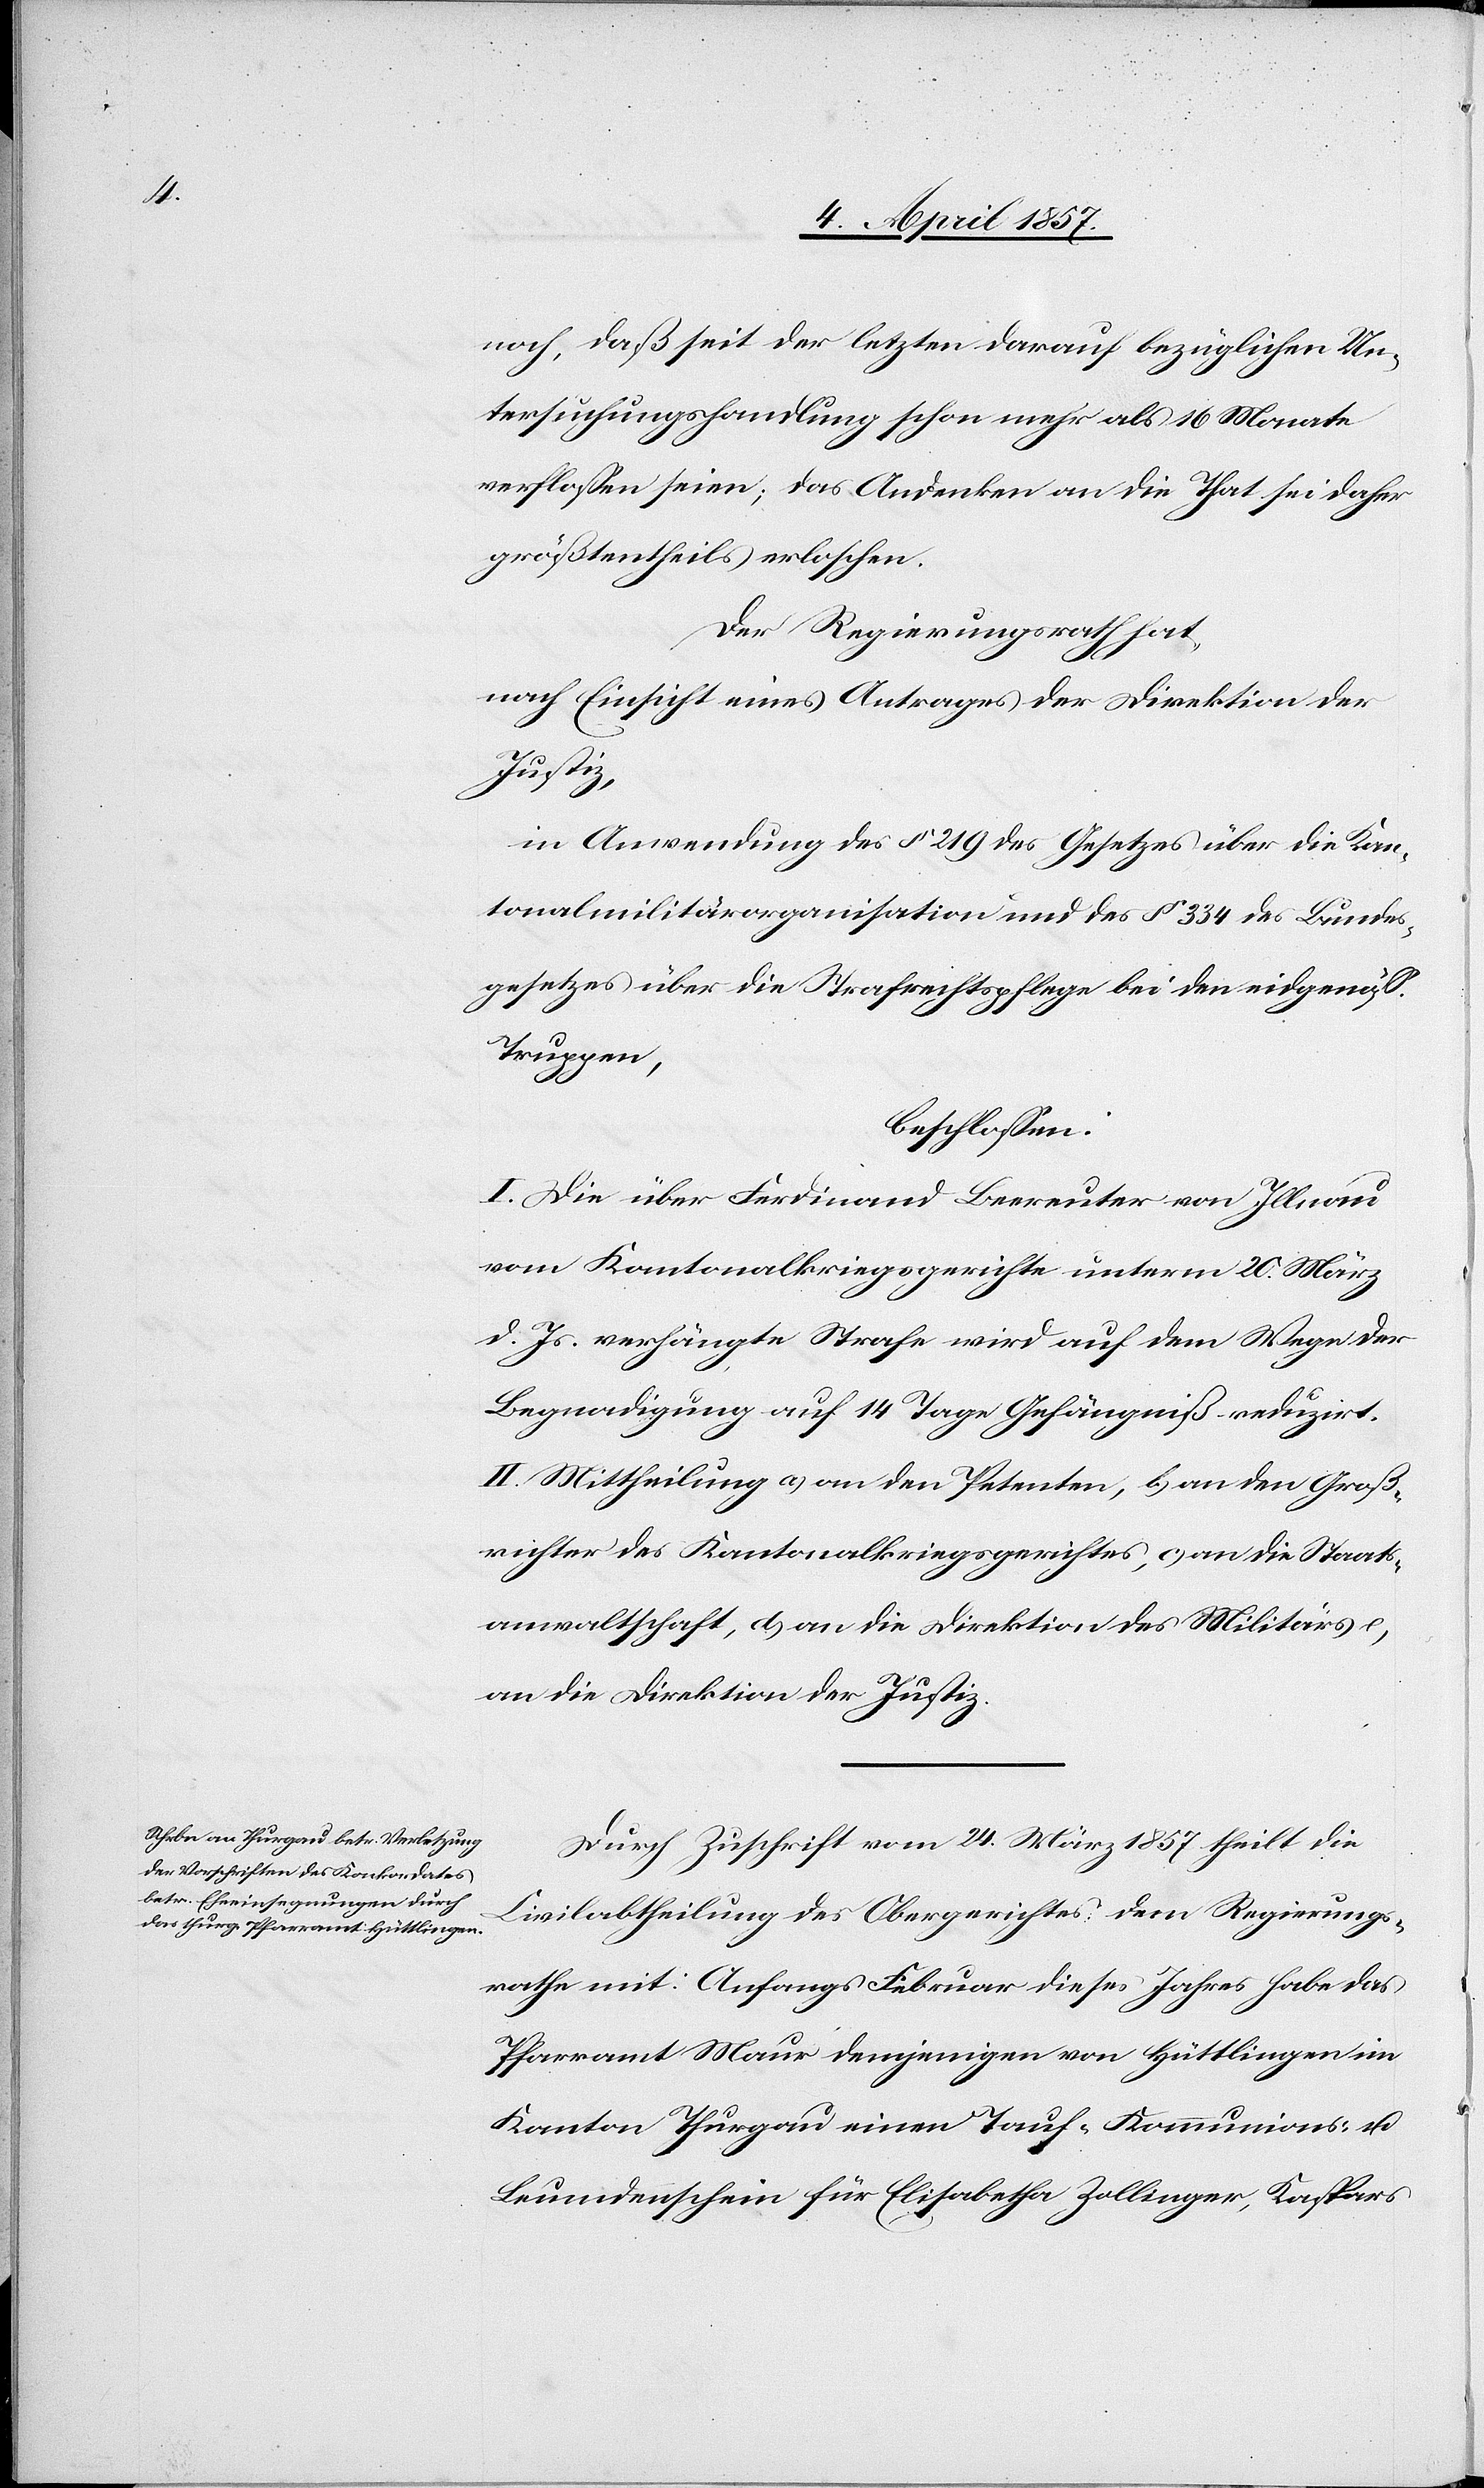
noch, daß seit der letzten darauf bezüglichen Un¬
tersuchungshandlung schon mehr als 16 Monate
verflossen seien; das Andenken an die That sei daher
größtentheils erloschen.
Der Regierungsrath hat,
nach Einsicht eines Antrages der Direktion der
Justiz,
in Anwendung des § 219 des Gesetzes über die Kan¬
tonalmilitärorganisation und des § 334 des Bundes¬
gesetzes über die Strafrechtspflege bei den eidgenöss.
Truppen,
beschlossen:
I. Die über Ferdinand Beereuter von Illnau
vom Kantonalkriegsgerichte unterm 20. März
d. Js. verhängte Strafe wird auf dem Wege der
Begnadigung auf 14 Tage Gefängniß reduzirt.
II. Mittheilung a) an den Petenten, b) an den Groß¬
richter des Kantonalkriegsgerichtes, c) an die Staats¬
anwaltschaft, d) an die Direktion des Militärs, e)
an die Direktion der Justiz.
Durch Zuschrift vom 24. März 1857 theilt die
Civilabtheilung des Obergerichtes dem Regierungs¬
rathe mit: Anfangs Februar dieses Jahres habe das
Pfarramt Maur demjenigen von Hüttlingen im
Kanton Thurgau einen Tauf-[,] Kommunions- u.
Leumdenschein für Elisabetha Zollinger, Kaspars